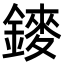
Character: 䥑